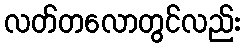
လတ်တလောတွင်လည်း